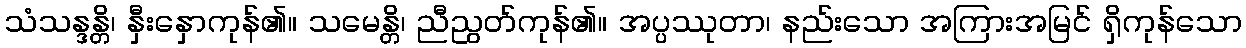
သံသန္ဒန္တိ၊ နှီးနှောကုန်၏။ သမေန္တိ၊ ညီညွတ်ကုန်၏။ အပ္ပဿုတာ၊ နည်းသော အကြားအမြင် ရှိကုန်သော